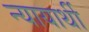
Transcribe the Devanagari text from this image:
न्यायार्थी